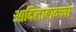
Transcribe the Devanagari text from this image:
आदिलाबादच्या